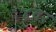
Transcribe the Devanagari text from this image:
४वर